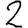
Digit: 2